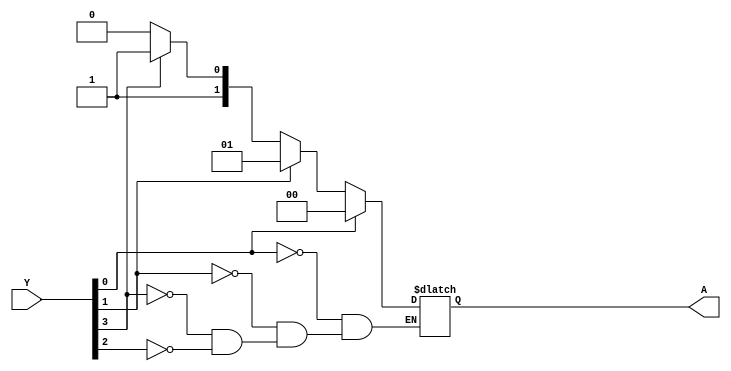
module task2(A, Y);

	input [3:0]Y;
	output reg [1:0]A;

	always@(Y)
	begin
	casex(Y)
		4'bxxx1:A = 2'b00;
		4'bxx1x:A = 2'b01;
		4'b1xxx:A = 2'b11;
		4'bx1xx:A = 2'b10;
	endcase
	end
endmodule